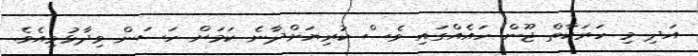
އަދި މި ހަރަކާތް ޖޫން ހައެއްގައި ވެސް ކުރިޔަށްދާނެ ކަަމަށް ހަސަން ވިދާޅުވިއެވެ.